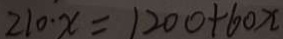
2 1 0 \cdot x = 1 2 0 0 + 6 0 x